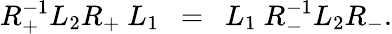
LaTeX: R_{+}^{-1}L_{2}R_{+}~L_{1}~~=~~L_{1}~R_{-}^{-1}L_{2}R_{-}.